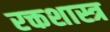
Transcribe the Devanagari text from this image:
रक्तशास्त्र